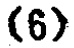
\((6)\)